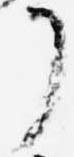
了